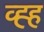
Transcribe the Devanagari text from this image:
व्ह्ह